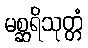
မစ္ဆရိသုတ္တံ